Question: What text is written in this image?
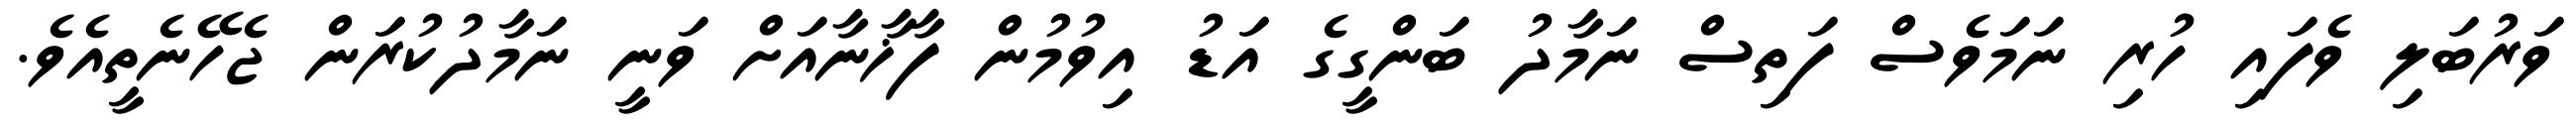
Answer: ވަރުބަލި ވެފައި ހުރި ނަމަވެސް ފަތިސް ނަމާދު ބަންގީގެ އަޑު އިވުމުން ފާޚާނާއަށް ވަނީ ނަމާދުކުރަން ޖެހޭނެތީއެވެ.